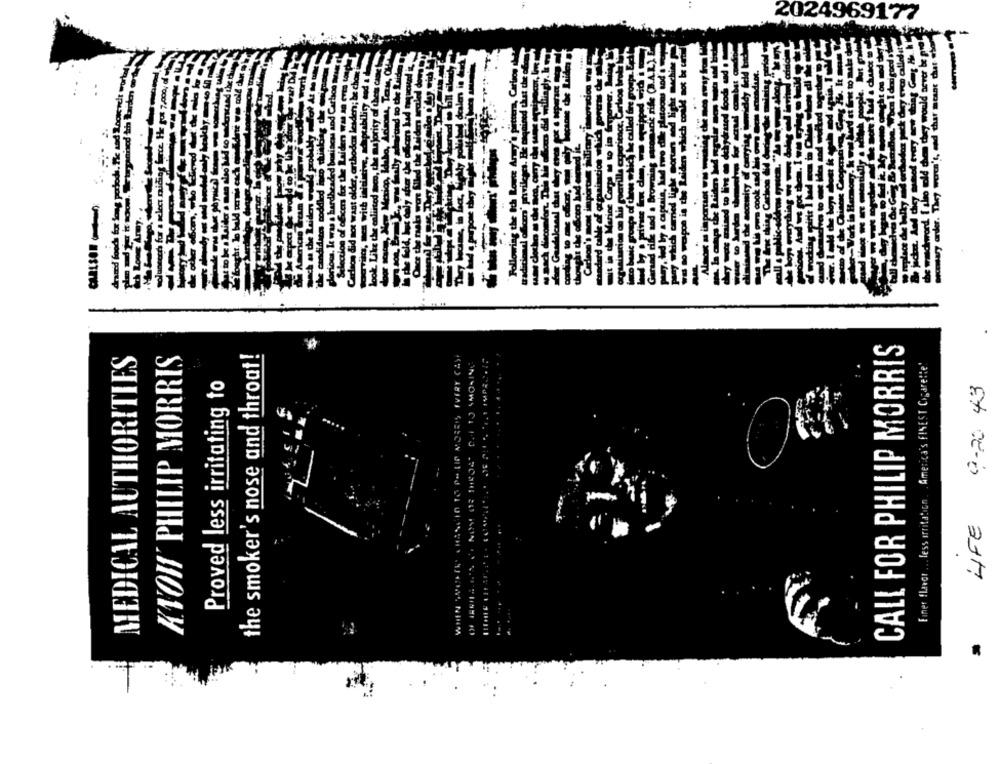
2024969177
CALL FOR PHILIP MORRIS
MEDICAL AUTHORITIES
KYOW' PHILIP MORRIS
the smoker's nose and throat!
PH LID MOREIS IVERY CAST
IMPACTIS
NOS OF THEJE C.F TO SMOKING
Einer flavor ... fess irritation . . America's FINEST Cigarette'
Proved less irritating to
9-20 43
LIFE
.